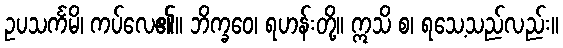
ဥပသင်္ကမိ၊ ကပ်လေ၏။ ဘိက္ခဝေ၊ ရဟန်းတို့။ ဣသိ စ၊ ရသေ့သည်လည်း။